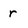
Character: r